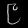
Digit: ၉